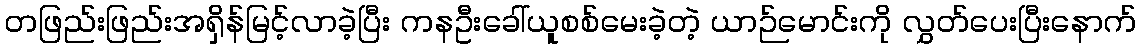
တဖြည်းဖြည်းအရှိန်မြင့်လာခဲ့ပြီး ကနဦးခေါ်ယူစစ်မေးခဲ့တဲ့ ယာဉ်မောင်းကို လွှတ်ပေးပြီးနောက်